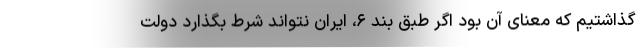
گذاشتیم که معنای آن بود اگر طبق بند ۶، ایران نتواند شرط بگذارد دولت